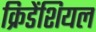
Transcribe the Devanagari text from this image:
क्रिडेंशियल